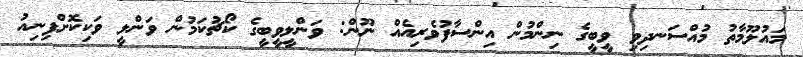
މައުލޫމާތު މުއްސަނދިވި ވީބީގެ ނިންމުން އިންސާފުވެރިއެއް ނޫން: ވަންލީވީބީގެ ކޯޗުކަމުން ވަންލީ ވަކިކޮށްފިނިއު